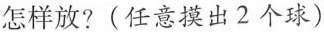
怎样放?(任意摸出2个球)